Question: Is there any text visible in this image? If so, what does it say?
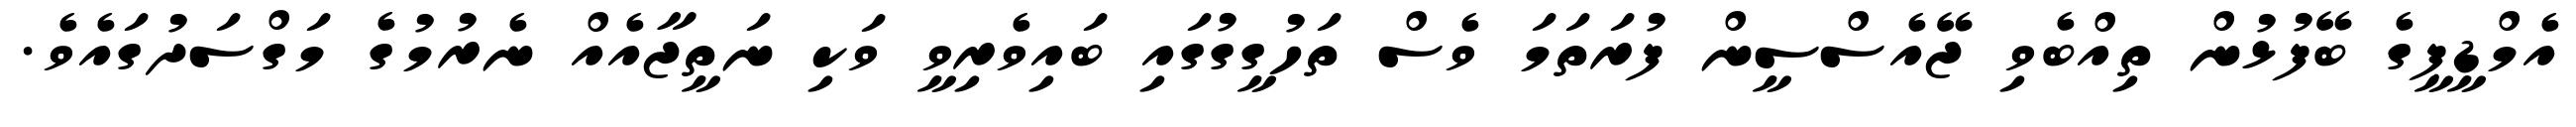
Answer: އެމްޑީޕީގެ ބޭފުޅުން ތިއްބެވި ޖޭއެސްސީން ފުރަތަމަ ވެސް ތަހުގީގުގައި ބައިވެރިވީ ވަކި ނަތީޖާއެއް ނެރުމުގެ މަގްސަދުގައެވެ.